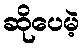
ဆိုပေမဲ့